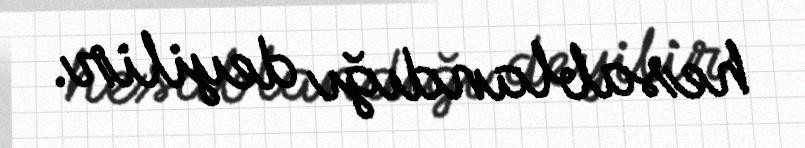
hesablandığı deyilir.